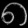
Digit: ၈